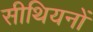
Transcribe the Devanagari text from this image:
सीथियनों